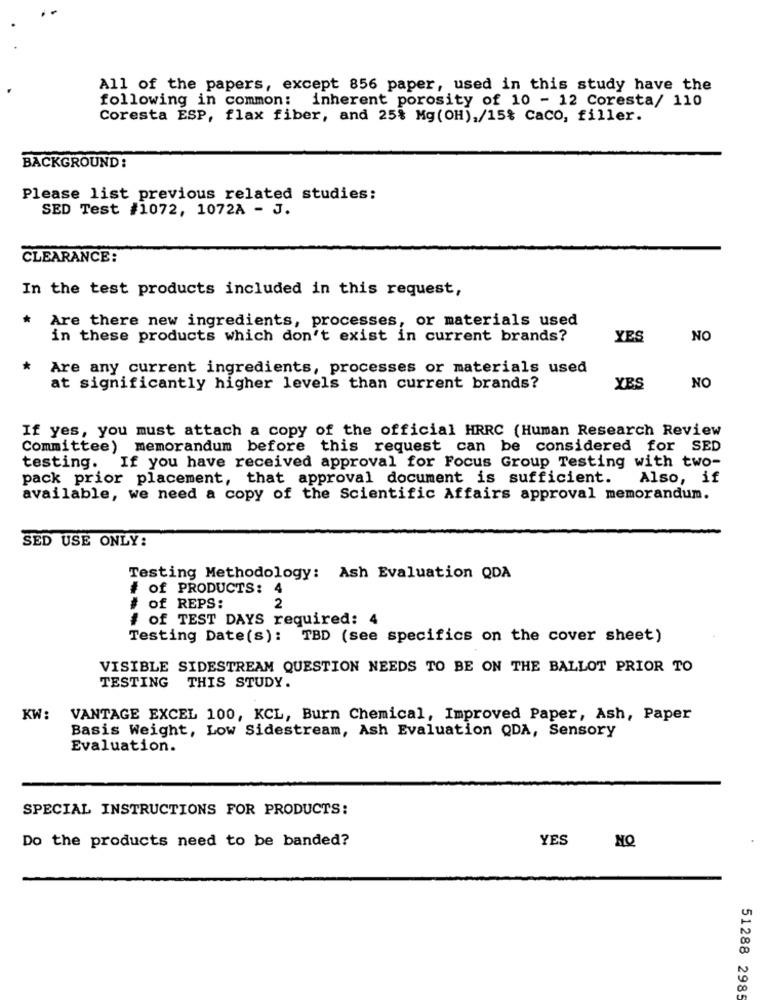
All of the papers, except 856 paper, used in this study have the
following in common: inherent porosity of 10 - 12 Coresta/ 110
Coresta ESP, flax fiber, and 25% Mg (OH),/15% CaCO, filler.
BACKGROUND:
Please list previous related studies:
SED Test #1072, 1072A - J.
CLEARANCE:
In the test products included in this request,
*
Are there new ingredients, processes, or materials used
in these products which don't exist in current brands?
YES
NO
*
Are any current ingredients, processes or materials used
at significantly higher levels than current brands?
YES
NO
If yes, you must attach a copy of the official HRRC (Human Research Review
Committee) memorandum before this request can be considered for SED
testing. If you have received approval for Focus Group Testing with two-
pack prior placement, that approval document is sufficient.
Also, if
available, we need a copy of the Scientific Affairs approval memorandum.
SED USE ONLY:
Testing Methodology: Ash Evaluation QDA
# of PRODUCTS: 4
# of REPS:
2
# of TEST DAYS required: 4
Testing Date(s): TBD (see specifics on the cover sheet)
VISIBLE SIDESTREAM QUESTION NEEDS TO BE ON THE BALLOT PRIOR TO
TESTING THIS STUDY.
KW:
VANTAGE EXCEL 100, KCL, Burn Chemical, Improved Paper, Ash, Paper
Basis Weight, Low Sidestream, Ash Evaluation QDA, Sensory
Evaluation.
SPECIAL INSTRUCTIONS FOR PRODUCTS:
Do the products need to be banded?
YES
NO
51288 2985